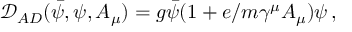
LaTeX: \mathcal { D } _ { A D } ( \bar { \psi } , \psi , A _ { \mu } ) = g \bar { \psi } ( 1 + e / m \gamma ^ { \mu } A _ { \mu } ) \psi \, ,